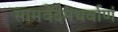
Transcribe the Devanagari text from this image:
सामवेदमथर्वाणं